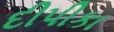
દીપીકા